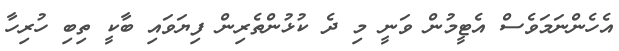
އެހެންނަމަވެސް އެޓީމުން ވަނީ މި ދެ ކުޅުންތެރިން ފިޔަވައި ބާކީ ތިބި ހުރިހާ